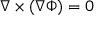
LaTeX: \nabla \times ( \nabla \Phi ) = 0